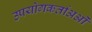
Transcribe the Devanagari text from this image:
उपयोगकर्ताअओं